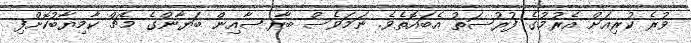
ވުރެ ކުރިއަށް އެރުމުގެ ފުރުސަތު އެބައޮތެވެ. ނަމަވެސް ބާރސާއިން ބަޔާންގެ މެޗް ކާމިޔާބުކޮށްފި